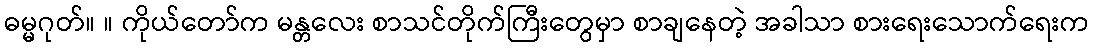
ဓမ္မဂုတ်။ ။ ကိုယ်တော်က မန္တလေး စာသင်တိုက်ကြီးတွေမှာ စာချနေတဲ့ အခါသာ စားရေးသောက်ရေးက